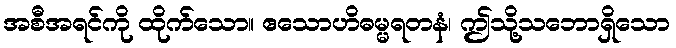
အစီအရင်ကို ထိုက်သော။ ဧသောဟိဓမ္မရတနံ၊ ဤသို့သဘောရှိသော